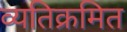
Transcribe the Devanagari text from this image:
व्यतिक्रमित